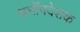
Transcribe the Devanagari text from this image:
धर्मोंपदेशक